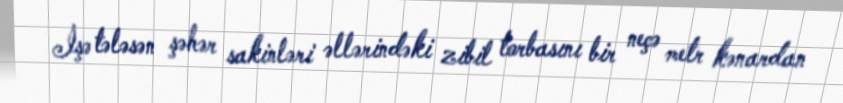
İşə tələsən şəhər sakinləri əllərindəki zibil torbasını bir neçə metr kənardan